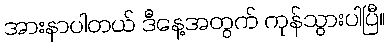
အားနာပါတယ် ဒီနေ့အတွက် ကုန်သွားပါပြီ။